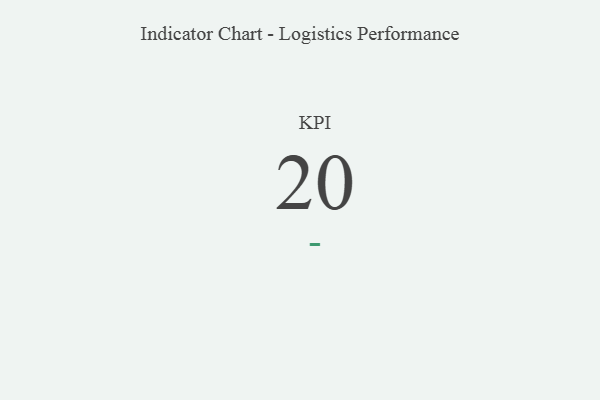
{"axis": {"x": "KPI", "y": "Value"}, "legend": [""], "data": [{"x": "KPI", "y": 20, "type": ""}]}